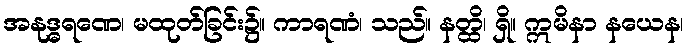
အနုဒ္ဓရဏေ၊ မထုတ်ခြင်း၌။ ကာရဏံ၊ သည်။ နတ္ထိ၊ ရှိ။ ဣမိနာ နယေန၊